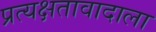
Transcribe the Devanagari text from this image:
प्रत्यक्षतावादाला